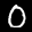
Label: 0